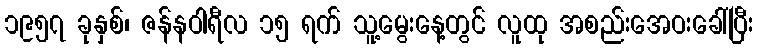
၁၉၅၇ ခုနှစ်၊ ဇန်နဝါရီလ ၁၅ ရက် သူ့မွေးနေ့တွင် လူထု အစည်းအေဝးခေါ်ပြီး